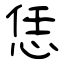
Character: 恁